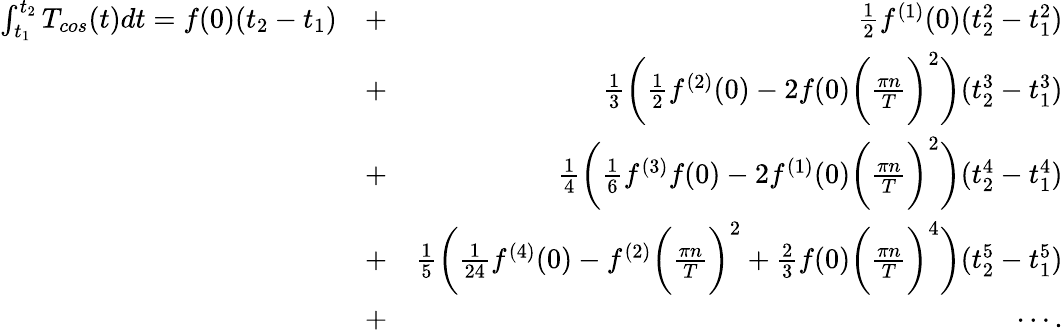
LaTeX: \begin{array}{rlr}{\int_{t_{1}}^{t_{2}}T_{cos}(t)dt=f(0)(t_{2}-t_{1})}&{+}&{\frac{1}{2}f^{(1)}(0)(t_{2}^{2}-t_{1}^{2})}\\ &{+}&{\frac{1}{3}\bigg(\frac{1}{2}f^{(2)}(0)-2f(0)\bigg(\frac{\pi n}{T}\bigg)^{2}\bigg)(t_{2}^{3}-t_{1}^{3})}\\ &{+}&{\frac{1}{4}\bigg(\frac{1}{6}f^{(3)}f(0)-2f^{(1)}(0)\bigg(\frac{\pi n}{T}\bigg)^{2}\bigg)(t_{2}^{4}-t_{1}^{4})}\\ &{+}&{\frac{1}{5}\bigg(\frac{1}{24}f^{(4)}(0)-f^{(2)}\bigg(\frac{\pi n}{T}\bigg)^{2}+\frac{2}{3}f(0)\bigg(\frac{\pi n}{T}\bigg)^{4}\bigg)(t_{2}^{5}-t_{1}^{5})}\\ &{+}&{\cdots.}\end{array}